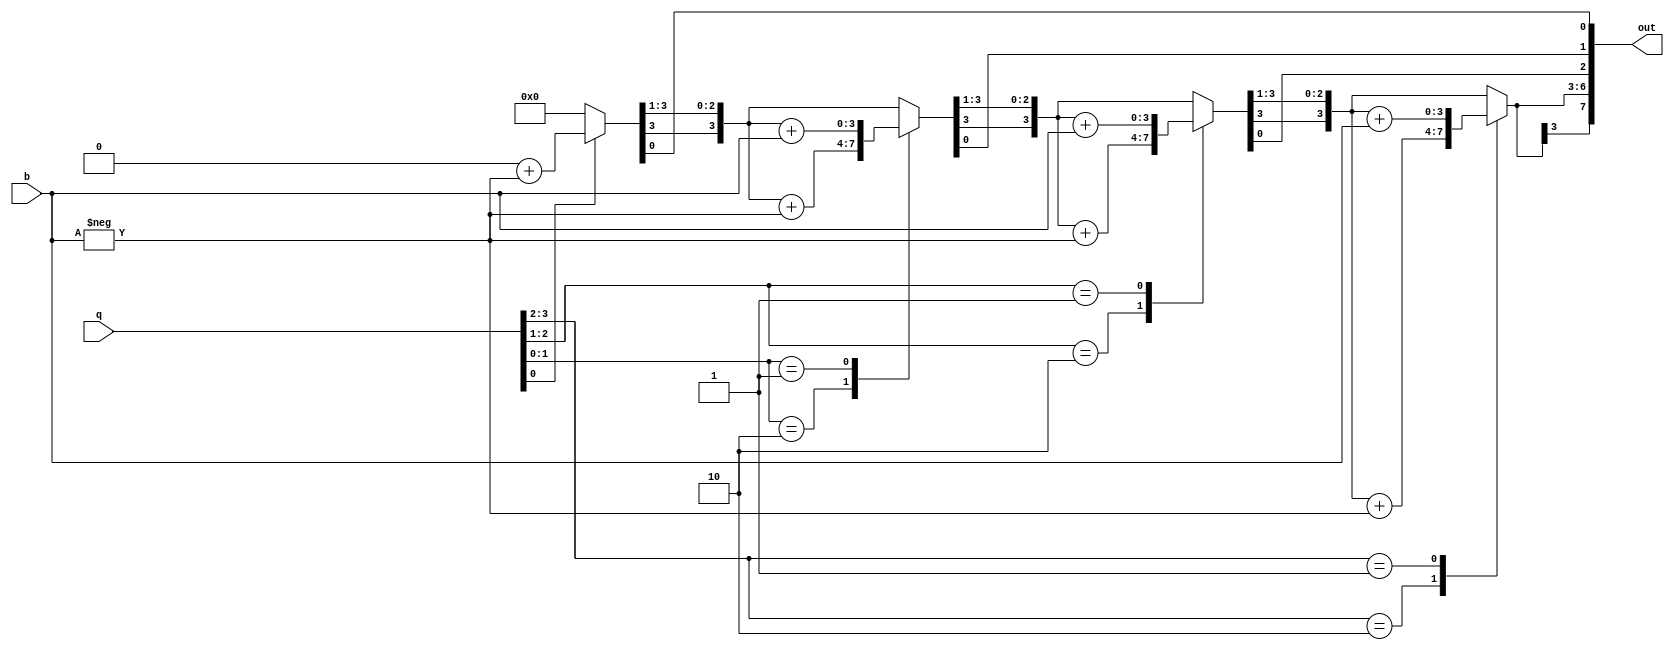
// This takes two signed 4 bit numbers and outputs a signed 8 bit number
// Need to check the code, still not working for negative numbers
//
module boothalogo(out, q, b);
  output reg signed [7:0] out;
  input signed [3:0] q, b;

  reg [1:0] temp;
  integer i;
  reg q0;
  reg [3:0] b1;

  always @(q,b)
  begin
    out = 8'd0;
    q0 = 1'b0;
    b1 = -b;
    
    for (i=0; i<4; i=i+1)
    begin
      temp = { q[i], q0 };
      case(temp)
        2'd2 : out[7:4] = out[7:4] + b1;
        2'd1 : out[7:4] = out[7:4] + b;
      endcase
      out = out >> 1;
      out[7] = out[6];
      q0=q[i];
      
    end
  end
  
endmodule